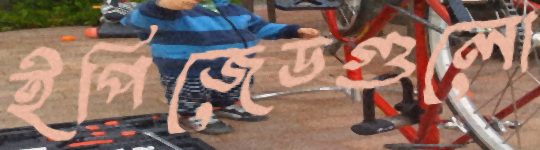
ইপিজেডগুলো